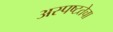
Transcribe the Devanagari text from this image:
अस्पष्टतेचा